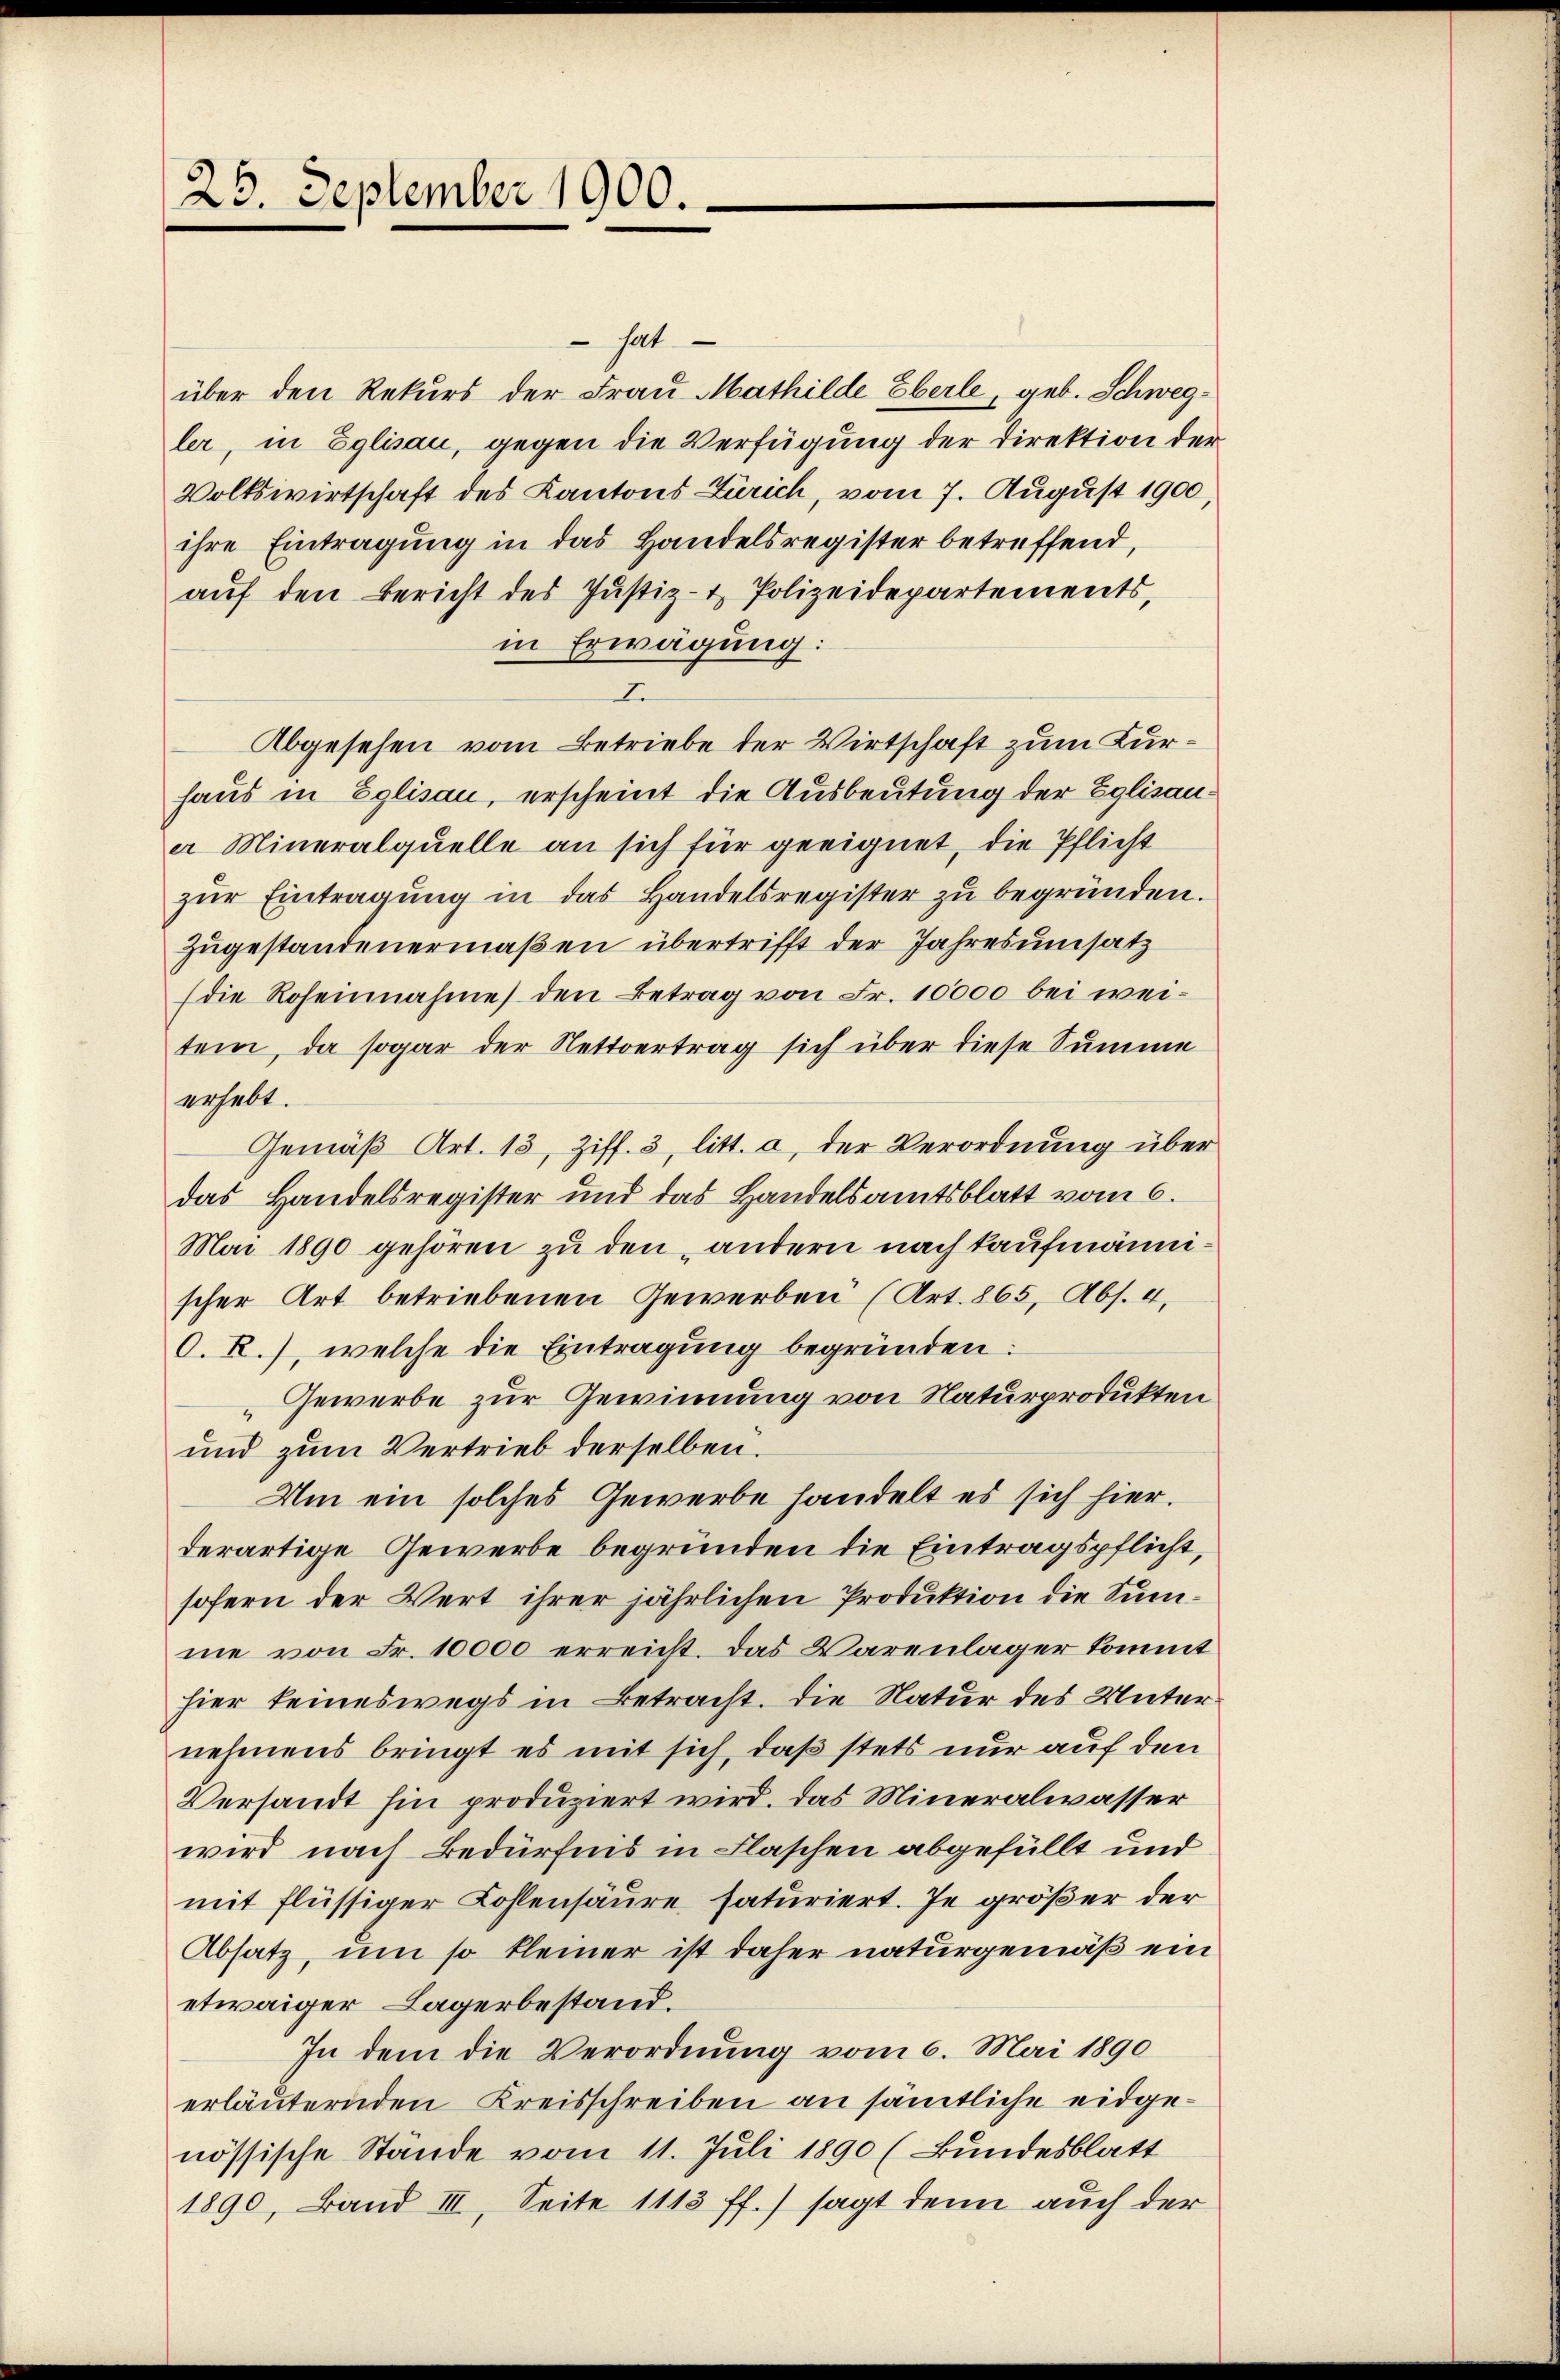
25. September 1900.

hat
über den Rekurs der Frau Mathilde Eberle, geb. Schwegler, in Eglisau, gegen die Verfügung der Direktion der
Volkswirtschaft des Kantons Zürich, vom 7. August 1900
ihre Eintragung in das Handelsregister betreffend,
aŭf den Bericht des Justiz- & Polizeidepartements,
in Erwägung:
I.
Abgesehen vom Betriebe der Wirtschaft zum Kurhaus in Eglisau, erscheint die Ausbeutung der Eglisaua Mineralquelle an sich für geeignet, die Pflicht
zŭr Eintragŭng in das Handelsregister zŭ begründen.
Zugestandenermaßen übertrifft der Jahresumsatz
(die Roseinnahme den Betrag von Fr. 10000 bei weitem, da sogar der Nettvertrag sich über diese Summe
erhebt.
Gemäß Art. 13, Ziff. 3, litt. a, der Verordnung über
das Handelsregister und das Handelsamtsblatt vom 6.
Mai 1890 gehören zu den „andern nach kaufmännischer Art betriebenen Gewerben (Art. 865, Abs. 4,
O. R.), welche die Eintragung begründen:
Gewerbe zur Gewinnung von Naturprodukten
und zum Vertrieb derselben.
Um ein solches Gewerbe handelt es sich hier.
derartige Gewerbe begründen die Eintragspflicht,
sofern der Wert ihrer jährlichen Produktion die Summe von Fr. 10000 erreicht. Das Warenlager kommt
hier keineswegs in Betracht. Die Natur des Unternehmens bringt es mit sich, daß stets nur auf den
Versandt hin produziert wird. Das Mineralwasser
wird nach Bedürfnis in Flaschen abgefüllt und
mit flüssiger Kohlensäure saturiert. Je größer der
Absatz, um so kleiner ist daher naturgemäß ein
etwaiger Lagerbestand.
In dem die Verordnung vom 6. Mai 1890
erläuternden Kreisschreiben an sämtliche eidgenössische Stände vom 11. Juli 1890 (Bundesblatt
1890, Band III, Seite 1113 ff.) sagt denn auch der